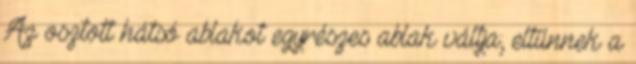
Az osztott hátsó ablakot egyrészes ablak váltja; eltűnnek a